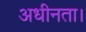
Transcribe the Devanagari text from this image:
अधीनता।